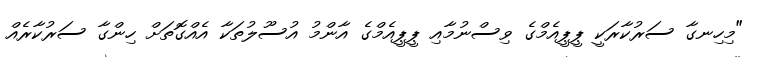
"މިހިނގާ ސަރުކާރަކީ ޕީޕީއެމްގެ ވިސްނުމާއި ޕީޕީއެމްގެ އާންމު އުސޫލުތަކާ އެއްގޮތަށް ހިންގާ ސަރުކާރެއް